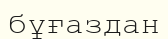
бұғаздан